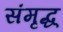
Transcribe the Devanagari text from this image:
संमृद्ध्